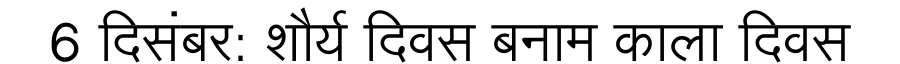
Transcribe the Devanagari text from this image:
6 दिसंबर: शौर्य दिवस बनाम काला दिवस